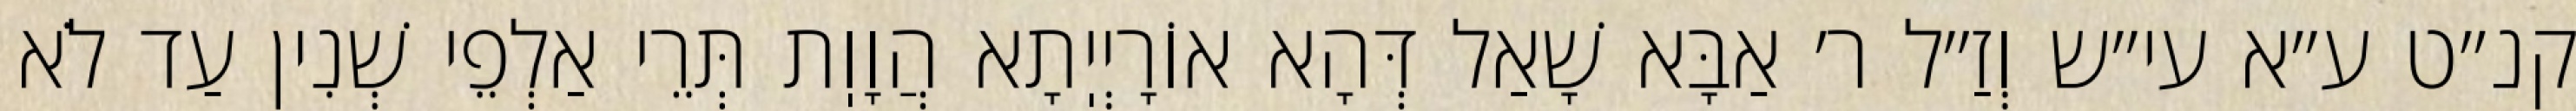
קנ״ט ע״א עי״ש וְזַ״ל ר׳ אַבָּא שָׁאַל דְּהָא אוֹרָיְיֽתָא הֲוָוֽת תְּרֵי אַלְפֵי שְׁנִין עַד לֹא